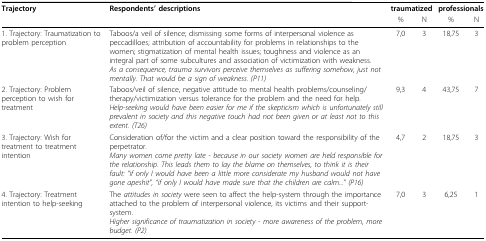
<table><thead><tr><td><b>Trajectory</b></td><td><b>Respondents&#x27; descriptions</b></td><td colspan="2"><b>traumatized</b></td><td colspan="2"><b>professionals</b></td></tr><tr><td></td><td></td><td><b>%</b></td><td><b>N</b></td><td><b>%</b></td><td><b>N</b></td></tr></thead><tbody><tr><td>1. Trajectory: Traumatization to problem perception</td><td>Taboos/a veil of silence; dismissing some forms of interpersonal violence as peccadilloes; attribution of accountability for problems in relationships to the women; stigmatization of mental health issues; toughness and violence as an integral part of some subcultures and association of victimization with weakness.<i>As a consequence, trauma survivors perceive themselves as suffering somehow, just not mentally. That would be a sign of weakness. (P11)</i></td><td>7,0</td><td>3</td><td>18,75</td><td>3</td></tr><tr><td>2. Trajectory: Problem perception to wish for treatment</td><td>Taboos/veil of silence, negative attitude to mental health problems/counseling/therapy/victimization versus tolerance for the problem and the need for help.<i>Help-seeking would have been easier for me if the skepticism which is unfortunately still prevalent in society and this negative touch had not been given or at least not to this extent. (T26)</i></td><td>9,3</td><td>4</td><td>43,75</td><td>7</td></tr><tr><td>3. Trajectory: Wish for treatment to treatment intention</td><td>Consideration of/for the victim and a clear position toward the responsibility of the perpetrator.<i>Many women come pretty late - because in our society women are held responsible for the relationship. This leads them to lay the blame on themselves, to think it is their fault: &quot;if only I would have been a little more considerate my husband would not have gone apeshit&quot;, &quot;if only I would have made sure that the children are calm...&quot; (P16)</i></td><td>4,7</td><td>2</td><td>18,75</td><td>3</td></tr><tr><td>4. Trajectory: Treatment intention to help-seeking</td><td>The <i>attitudes in society </i>were seen to affect the help-system through the importance attached to the problem of interpersonal violence, its victims and their support-system.<i>Higher significance of traumatization in society - more awareness of the problem, more budget. (P2)</i></td><td>7,0</td><td>3</td><td>6,25</td><td>1</td></tr></tbody></table>